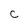
Character: C